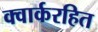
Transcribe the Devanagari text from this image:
क्वार्करहित